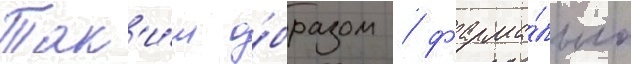
Так'и́м о́бразом / форма́льно